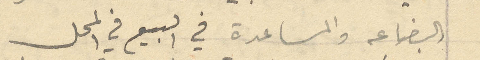
البضاعه والمساعدة في البيع في المحل